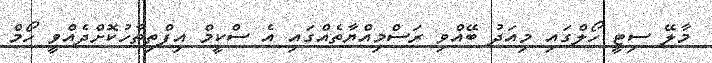
މާލޭ ސިޓީ ހޯލްގައި މިއަދު ބޭއްވި ރަސްމިއްޔާތެއްގައި އެ ސްކީމް އިފްތިތާހުކޮށްދެއްވީ ހޯމް